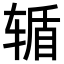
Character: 𮝸